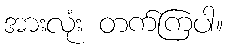
အားလုံး တက်ကြပါ။